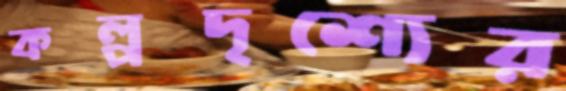
কল্পদৃশ্যের